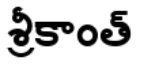
శ్రీకాంత్